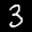
Label: 3